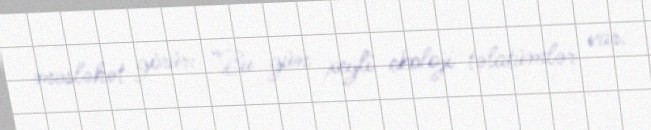
məsləhət görür: “Bu gün xeyli ekoloji təlatümlər var.